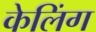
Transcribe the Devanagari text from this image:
केलिंग